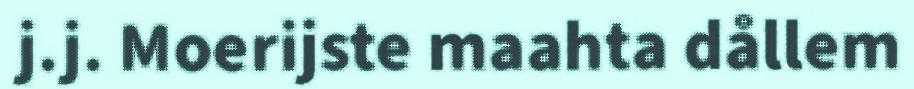
j.j. Moerijste maahta dållem